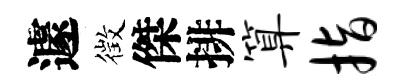
遽徴傑排算指